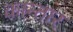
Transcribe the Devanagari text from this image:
कान्तार